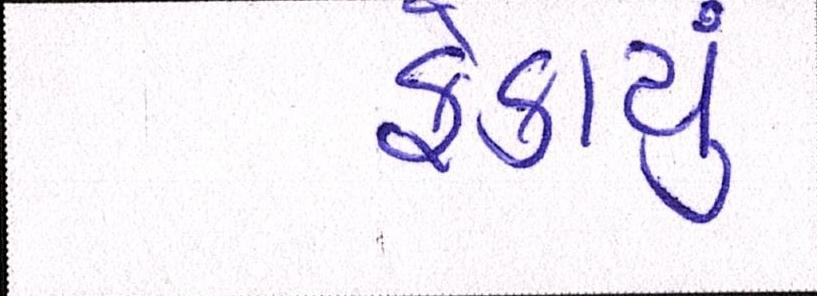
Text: ફેકાયું